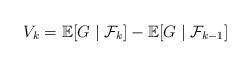
LaTeX: \begin{align*} V_k = \mathbb{E}[G \mid \mathcal{F}_k] - \mathbb{E}[G \mid \mathcal{F}_{k-1}]\end{align*}